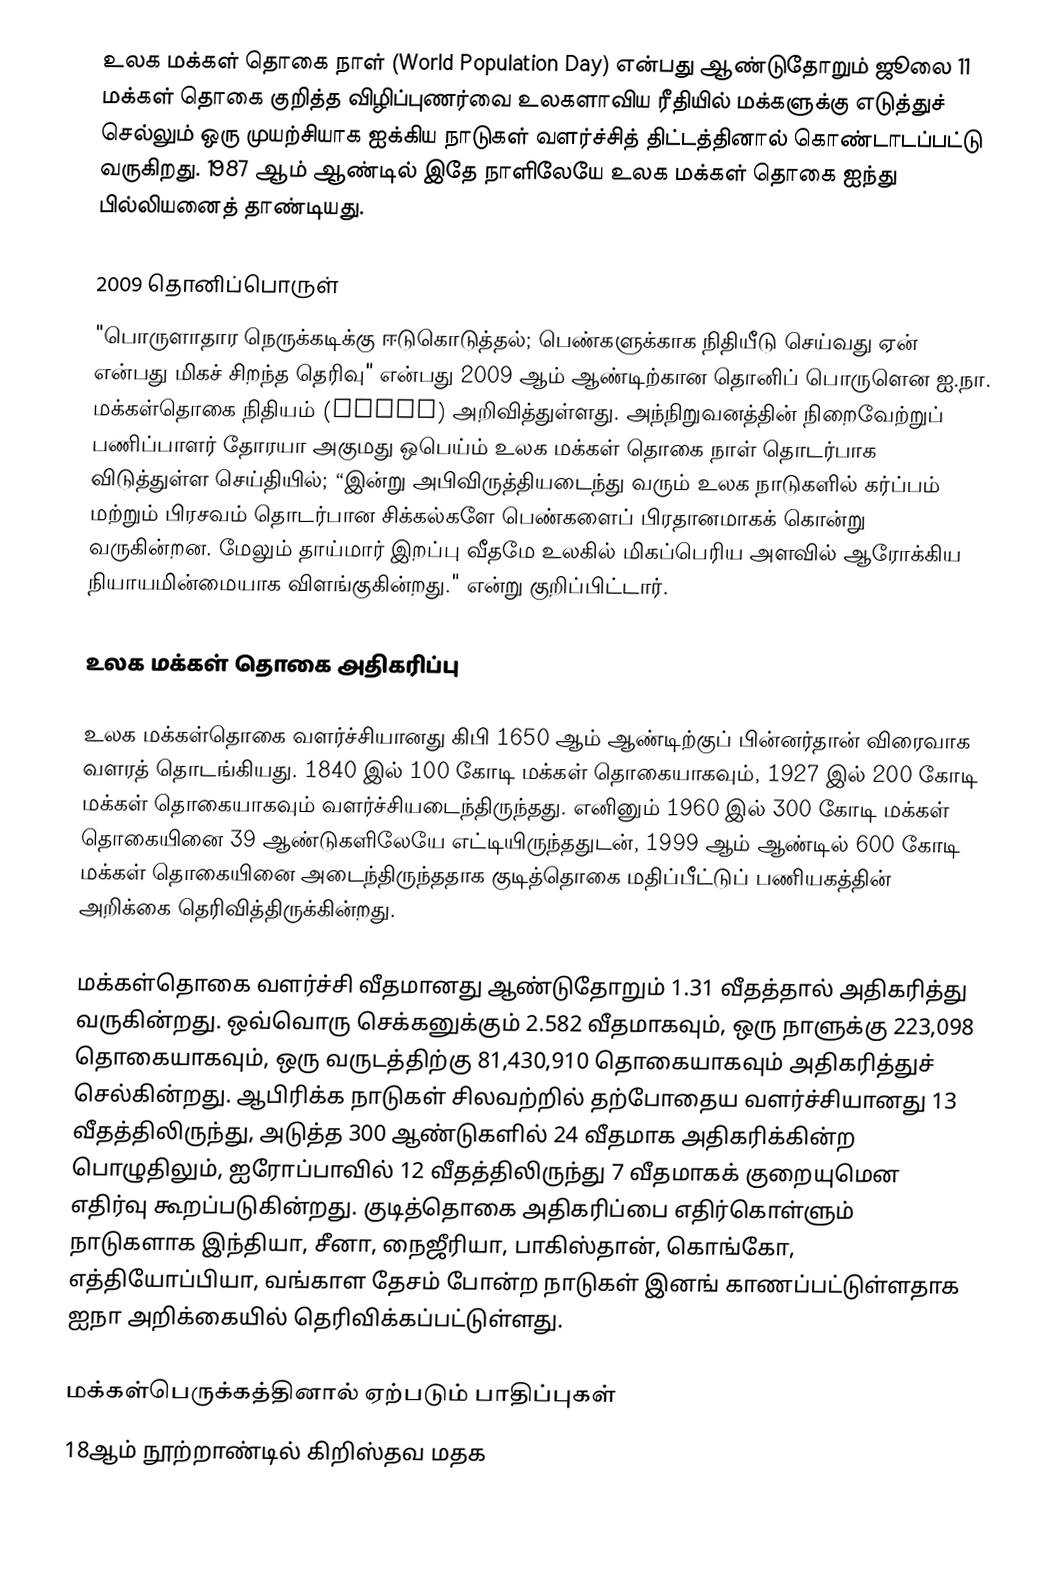
உலக மக்கள் தொகை நாள் (World Population Day) என்பது ஆண்டுதோறும் ஜூலை 11 மக்கள் தொகை குறித்த விழிப்புணர்வை உலகளாவிய ரீதியில் மக்களுக்கு எடுத்துச் செல்லும் ஒரு முயற்சியாக ஐக்கிய நாடுகள் வளர்ச்சித் திட்டத்தினால் கொண்டாடப்பட்டு வருகிறது. 1987 ஆம் ஆண்டில் இதே நாளிலேயே உலக மக்கள் தொகை ஐந்து பில்லியனைத் தாண்டியது.

2009 தொனிப்பொருள்
"பொருளாதார நெருக்கடிக்கு ஈடுகொடுத்தல்; பெண்களுக்காக நிதியீடு செய்வது ஏன் என்பது மிகச் சிறந்த தெரிவு" என்பது 2009 ஆம் ஆண்டிற்கான தொனிப் பொருளென ஐ.நா. மக்கள்தொகை நிதியம் (UNFPA) அறிவித்துள்ளது. அந்நிறுவனத்தின் நிறைவேற்றுப் பணிப்பாளர் தோரயா அகுமது ஒபெய்ம் உலக மக்கள் தொகை நாள் தொடர்பாக விடுத்துள்ள செய்தியில்; “இன்று அபிவிருத்தியடைந்து வரும் உலக நாடுகளில் கர்ப்பம் மற்றும் பிரசவம் தொடர்பான சிக்கல்களே பெண்களைப் பிரதானமாகக் கொன்று வருகின்றன. மேலும் தாய்மார் இறப்பு வீதமே உலகில் மிகப்பெரிய அளவில் ஆரோக்கிய நியாயமின்மையாக விளங்குகின்றது." என்று குறிப்பிட்டார்.

உலக மக்கள் தொகை அதிகரிப்பு

உலக மக்கள்தொகை வளர்ச்சியானது கிபி 1650 ஆம் ஆண்டிற்குப் பின்னர்தான் விரைவாக வளரத் தொடங்கியது. 1840 இல் 100 கோடி மக்கள் தொகையாகவும், 1927 இல் 200 கோடி மக்கள் தொகையாகவும் வளர்ச்சியடைந்திருந்தது. எனினும் 1960 இல் 300 கோடி மக்கள் தொகையினை 39 ஆண்டுகளிலேயே எட்டியிருந்ததுடன், 1999 ஆம் ஆண்டில் 600 கோடி மக்கள் தொகையினை அடைந்திருந்ததாக குடித்தொகை மதிப்பீட்டுப் பணியகத்தின் அறிக்கை தெரிவித்திருக்கின்றது.

மக்கள்தொகை வளர்ச்சி வீதமானது ஆண்டுதோறும் 1.31 வீதத்தால் அதிகரித்து வருகின்றது. ஒவ்வொரு செக்கனுக்கும் 2.582 வீதமாகவும், ஒரு நாளுக்கு 223,098 தொகையாகவும், ஒரு வருடத்திற்கு 81,430,910 தொகையாகவும் அதிகரித்துச் செல்கின்றது. ஆபிரிக்க நாடுகள் சிலவற்றில் தற்போதைய வளர்ச்சியானது 13 வீதத்திலிருந்து, அடுத்த 300 ஆண்டுகளில் 24 வீதமாக அதிகரிக்கின்ற பொழுதிலும், ஐரோப்பாவில் 12 வீதத்திலிருந்து 7 வீதமாகக் குறையுமென எதிர்வு கூறப்படுகின்றது. குடித்தொகை அதிகரிப்பை எதிர்கொள்ளும் நாடுகளாக இந்தியா, சீனா, நைஜீரியா, பாகிஸ்தான், கொங்கோ, எத்தியோப்பியா, வங்காள தேசம் போன்ற நாடுகள் இனங் காணப்பட்டுள்ளதாக ஐநா அறிக்கையில் தெரிவிக்கப்பட்டுள்ளது.

மக்கள்பெருக்கத்தினால் ஏற்படும் பாதிப்புகள்
18ஆம் நூற்றாண்டில் கிறிஸ்தவ மதக